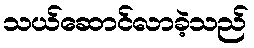
သယ်ဆောင်လာခဲ့သည်